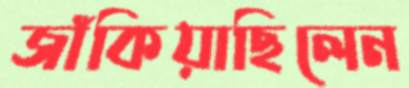
জাঁকিয়াছিলেন